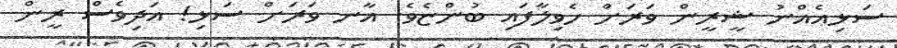
ސަޅިއެއްނު ޝީރީން ވަރަށް ހެވިލާފައި ބުންޏެވެ. އާނ ވަރަށް ސަޅި! އަދިވެސް ރީން